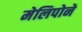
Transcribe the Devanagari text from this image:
मेलिपोने